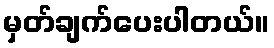
မှတ်ချက်ပေးပါတယ်။